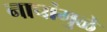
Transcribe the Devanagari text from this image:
नाचांमुळे